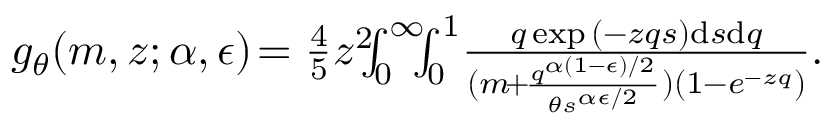
\begin{array} { r } { g _ { \theta } ( m , z ; \alpha , \epsilon ) \! = \frac { 4 } { 5 } z ^ { 2 } \! \! \! \int _ { 0 } ^ { \infty } \! \! \! \int _ { 0 } ^ { 1 } \! \frac { q \exp { ( - z q s ) } \mathrm { d } s \mathrm { d } q } { ( m \! + \! \frac { q ^ { \alpha ( 1 - \epsilon ) / 2 } } { \theta s ^ { \alpha \epsilon / 2 } } ) ( 1 - e ^ { - z q } ) } . } \end{array}